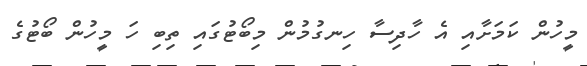
މީހުން ކަމަށާއި އެ ހާދިސާ ހިނގުމުން މިބޯޓުގައި ތިބި ހަ މީހުން ބޯޓުގެ